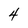
Character: 4